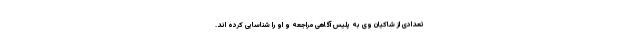
تعدادی از شاکیان وی به پلیس آگاهی مراجعه و او را شناسایی کرده اند.